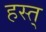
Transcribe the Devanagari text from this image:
हस्त्